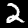
Label: 2